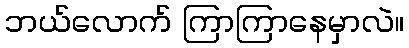
ဘယ်လောက် ကြာကြာနေမှာလဲ။